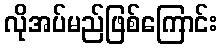
လိုအပ်မည်ဖြစ်ကြောင်း